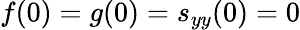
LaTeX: f(0)=g(0)=s_{yy}(0)=0